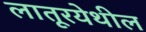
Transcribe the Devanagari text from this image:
लातूरयेथील